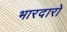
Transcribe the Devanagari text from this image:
भारदारो